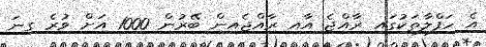
އެ ހަފްލާތަކުގައި ރާއްޖެ އާއި ރާއްޖެއިން ބޭރުން 1000 އަށް ވުރެ ގިނަ